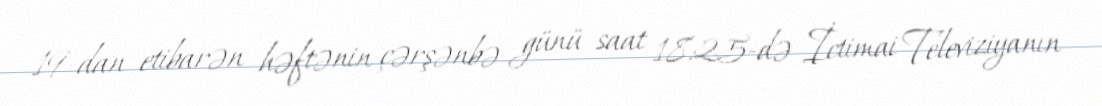
19-dan etibarən həftənin çərşənbə günü saat 18:25-də İctimai Televiziyanın